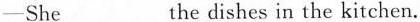
——She___the dishes in the kitchen.